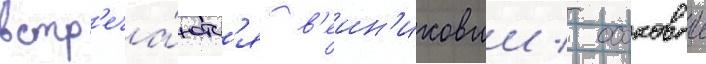
встр'еча́ютс'я в'еин'иковыи / осоковыи